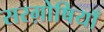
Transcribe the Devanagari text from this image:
सरग़ोषियाँ